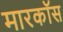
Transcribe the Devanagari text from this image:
मारकॉस